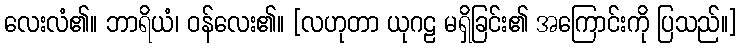
လေးလံ၏။ ဘာရိယံ၊ ဝန်လေး၏။ [လဟုတာ ယုဂဠ မရှိခြင်း၏ အကြောင်းကို ပြသည်။]